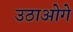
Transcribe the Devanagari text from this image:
उठाओगे